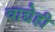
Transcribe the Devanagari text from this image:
वाद्येही